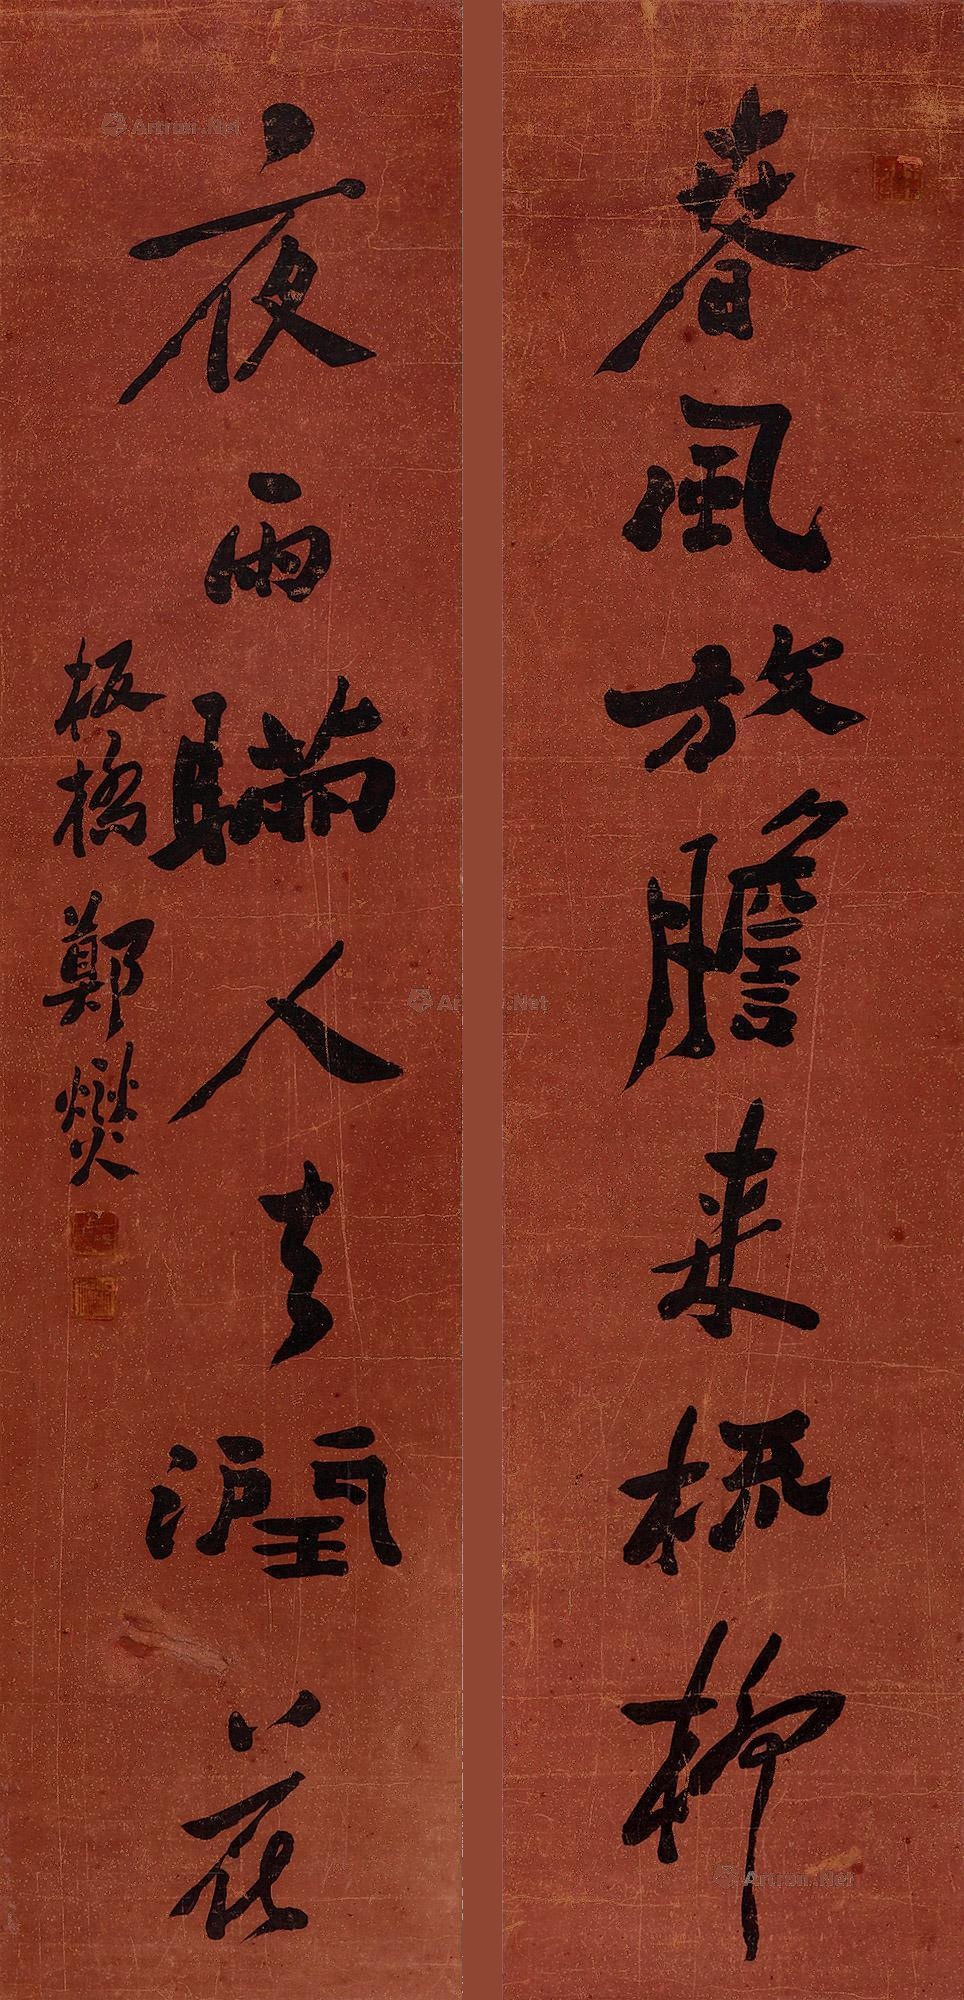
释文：春风放胆来梳柳，夜雨瞒人去润花。板桥郑燮。